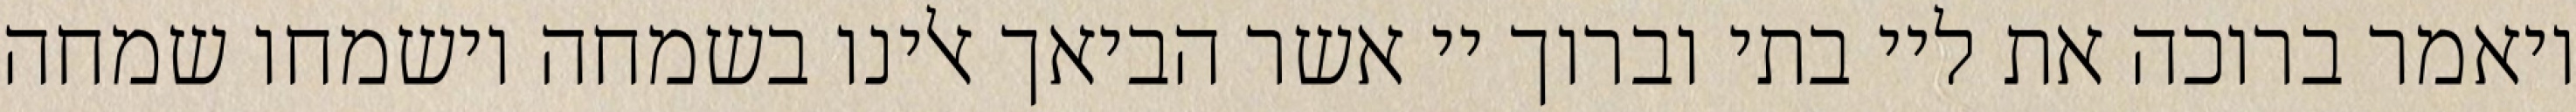
ויאמר ברוכה את ליי בתי וברוך יי אשר הביאך אלינו בשמחה וישמחו שמחה